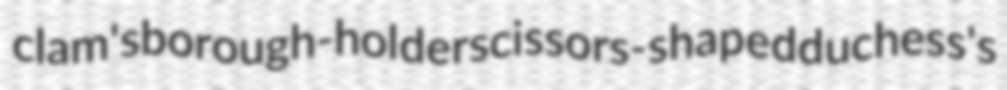
clam's borough-holder scissors-shaped duchess's